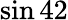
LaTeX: \sin 42